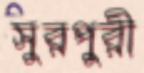
সুরপুরী